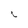
Character: L